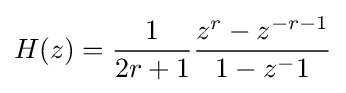
H(z)={\frac {1}{2r+1}}{\frac {z^{r}-z^{-r-1}}{1-z^{-}1}}